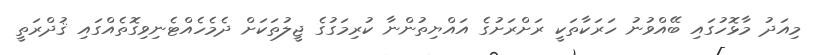
މިއަދު މާޅޮހުގައި ބޭއްވުނު ހަރަކާތަކީ ރަށްރަށުގެ އައްޔިތުންނާ ކުރިމަގުގެ ޖީލުތަކަށް ދެމެހެއްޓެނިވިގޮތެއްގައި ޤުދްރަތީ